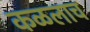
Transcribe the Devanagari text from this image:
कळलाच